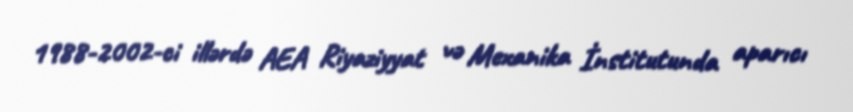
1988-2002-ci illərdə AEA Riyaziyyat və Mexanika İnstitutunda aparıcı